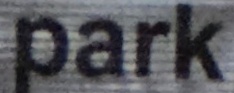
park